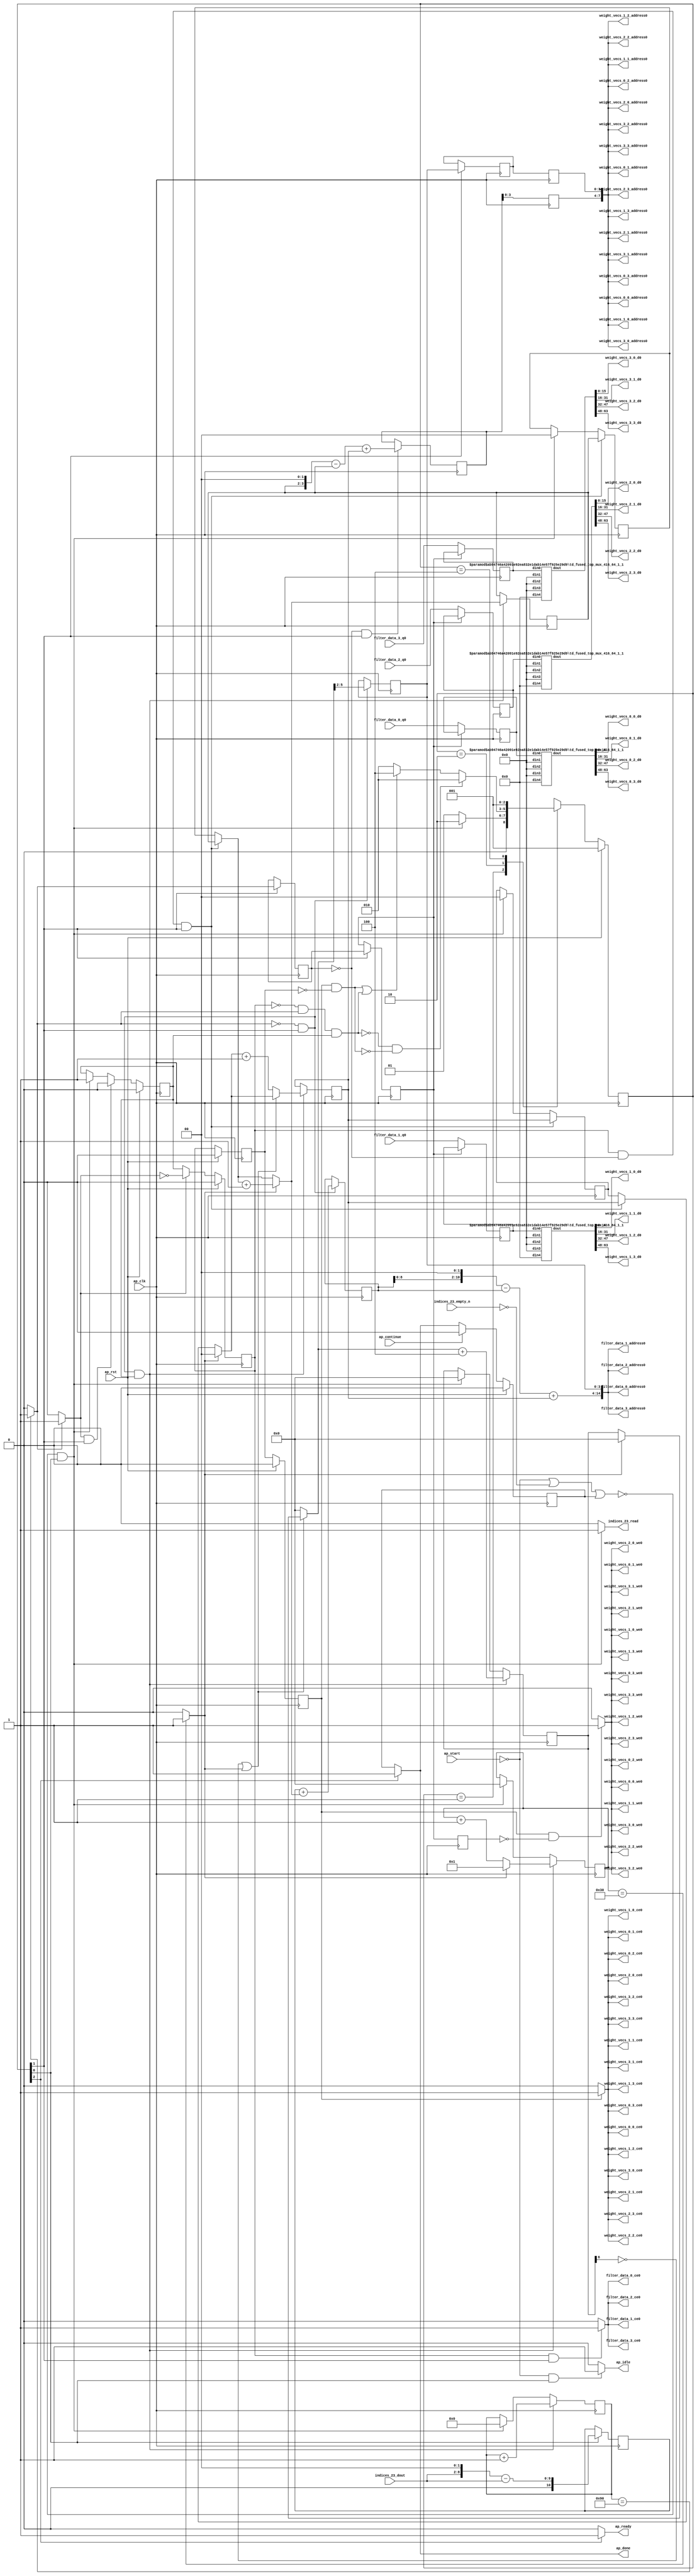
`define EXPONENT 5
`define MANTISSA 10
`define ACTUAL_MANTISSA 11
`define EXPONENT_LSB 10
`define EXPONENT_MSB 14
`define MANTISSA_LSB 0
`define MANTISSA_MSB 9
`define MANTISSA_MUL_SPLIT_LSB 3
`define MANTISSA_MUL_SPLIT_MSB 9
`define SIGN 1
`define SIGN_LOC 15
`define DWIDTH (`SIGN+`EXPONENT+`MANTISSA)
`define IEEE_COMPLIANCE 1

module td_fused_top_tdf10_readFilters70 (
        ap_clk,
        ap_rst,
        ap_start,
        ap_done,
        ap_continue,
        ap_idle,
        ap_ready,
        filter_data_0_address0,
        filter_data_0_ce0,
        filter_data_0_q0,
        filter_data_1_address0,
        filter_data_1_ce0,
        filter_data_1_q0,
        filter_data_2_address0,
        filter_data_2_ce0,
        filter_data_2_q0,
        filter_data_3_address0,
        filter_data_3_ce0,
        filter_data_3_q0,
        indices_23_dout,
        indices_23_empty_n,
        indices_23_read,
        weight_vecs_0_0_address0,
        weight_vecs_0_0_ce0,
        weight_vecs_0_0_we0,
        weight_vecs_0_0_d0,
        weight_vecs_0_1_address0,
        weight_vecs_0_1_ce0,
        weight_vecs_0_1_we0,
        weight_vecs_0_1_d0,
        weight_vecs_0_2_address0,
        weight_vecs_0_2_ce0,
        weight_vecs_0_2_we0,
        weight_vecs_0_2_d0,
        weight_vecs_0_3_address0,
        weight_vecs_0_3_ce0,
        weight_vecs_0_3_we0,
        weight_vecs_0_3_d0,
        weight_vecs_1_0_address0,
        weight_vecs_1_0_ce0,
        weight_vecs_1_0_we0,
        weight_vecs_1_0_d0,
        weight_vecs_1_1_address0,
        weight_vecs_1_1_ce0,
        weight_vecs_1_1_we0,
        weight_vecs_1_1_d0,
        weight_vecs_1_2_address0,
        weight_vecs_1_2_ce0,
        weight_vecs_1_2_we0,
        weight_vecs_1_2_d0,
        weight_vecs_1_3_address0,
        weight_vecs_1_3_ce0,
        weight_vecs_1_3_we0,
        weight_vecs_1_3_d0,
        weight_vecs_2_0_address0,
        weight_vecs_2_0_ce0,
        weight_vecs_2_0_we0,
        weight_vecs_2_0_d0,
        weight_vecs_2_1_address0,
        weight_vecs_2_1_ce0,
        weight_vecs_2_1_we0,
        weight_vecs_2_1_d0,
        weight_vecs_2_2_address0,
        weight_vecs_2_2_ce0,
        weight_vecs_2_2_we0,
        weight_vecs_2_2_d0,
        weight_vecs_2_3_address0,
        weight_vecs_2_3_ce0,
        weight_vecs_2_3_we0,
        weight_vecs_2_3_d0,
        weight_vecs_3_0_address0,
        weight_vecs_3_0_ce0,
        weight_vecs_3_0_we0,
        weight_vecs_3_0_d0,
        weight_vecs_3_1_address0,
        weight_vecs_3_1_ce0,
        weight_vecs_3_1_we0,
        weight_vecs_3_1_d0,
        weight_vecs_3_2_address0,
        weight_vecs_3_2_ce0,
        weight_vecs_3_2_we0,
        weight_vecs_3_2_d0,
        weight_vecs_3_3_address0,
        weight_vecs_3_3_ce0,
        weight_vecs_3_3_we0,
        weight_vecs_3_3_d0
);

parameter    ap_ST_fsm_state1 = 3'd1;
parameter    ap_ST_fsm_pp0_stage0 = 3'd2;
parameter    ap_ST_fsm_state6 = 3'd4;

input   ap_clk;
input   ap_rst;
input   ap_start;
output   ap_done;
input   ap_continue;
output   ap_idle;
output   ap_ready;
output  [14:0] filter_data_0_address0;
output   filter_data_0_ce0;
input  [63:0] filter_data_0_q0;
output  [14:0] filter_data_1_address0;
output   filter_data_1_ce0;
input  [63:0] filter_data_1_q0;
output  [14:0] filter_data_2_address0;
output   filter_data_2_ce0;
input  [63:0] filter_data_2_q0;
output  [14:0] filter_data_3_address0;
output   filter_data_3_ce0;
input  [63:0] filter_data_3_q0;
input  [6:0] indices_23_dout;
input   indices_23_empty_n;
output   indices_23_read;
output  [7:0] weight_vecs_0_0_address0;
output   weight_vecs_0_0_ce0;
output   weight_vecs_0_0_we0;
output  [15:0] weight_vecs_0_0_d0;
output  [7:0] weight_vecs_0_1_address0;
output   weight_vecs_0_1_ce0;
output   weight_vecs_0_1_we0;
output  [15:0] weight_vecs_0_1_d0;
output  [7:0] weight_vecs_0_2_address0;
output   weight_vecs_0_2_ce0;
output   weight_vecs_0_2_we0;
output  [15:0] weight_vecs_0_2_d0;
output  [7:0] weight_vecs_0_3_address0;
output   weight_vecs_0_3_ce0;
output   weight_vecs_0_3_we0;
output  [15:0] weight_vecs_0_3_d0;
output  [7:0] weight_vecs_1_0_address0;
output   weight_vecs_1_0_ce0;
output   weight_vecs_1_0_we0;
output  [15:0] weight_vecs_1_0_d0;
output  [7:0] weight_vecs_1_1_address0;
output   weight_vecs_1_1_ce0;
output   weight_vecs_1_1_we0;
output  [15:0] weight_vecs_1_1_d0;
output  [7:0] weight_vecs_1_2_address0;
output   weight_vecs_1_2_ce0;
output   weight_vecs_1_2_we0;
output  [15:0] weight_vecs_1_2_d0;
output  [7:0] weight_vecs_1_3_address0;
output   weight_vecs_1_3_ce0;
output   weight_vecs_1_3_we0;
output  [15:0] weight_vecs_1_3_d0;
output  [7:0] weight_vecs_2_0_address0;
output   weight_vecs_2_0_ce0;
output   weight_vecs_2_0_we0;
output  [15:0] weight_vecs_2_0_d0;
output  [7:0] weight_vecs_2_1_address0;
output   weight_vecs_2_1_ce0;
output   weight_vecs_2_1_we0;
output  [15:0] weight_vecs_2_1_d0;
output  [7:0] weight_vecs_2_2_address0;
output   weight_vecs_2_2_ce0;
output   weight_vecs_2_2_we0;
output  [15:0] weight_vecs_2_2_d0;
output  [7:0] weight_vecs_2_3_address0;
output   weight_vecs_2_3_ce0;
output   weight_vecs_2_3_we0;
output  [15:0] weight_vecs_2_3_d0;
output  [7:0] weight_vecs_3_0_address0;
output   weight_vecs_3_0_ce0;
output   weight_vecs_3_0_we0;
output  [15:0] weight_vecs_3_0_d0;
output  [7:0] weight_vecs_3_1_address0;
output   weight_vecs_3_1_ce0;
output   weight_vecs_3_1_we0;
output  [15:0] weight_vecs_3_1_d0;
output  [7:0] weight_vecs_3_2_address0;
output   weight_vecs_3_2_ce0;
output   weight_vecs_3_2_we0;
output  [15:0] weight_vecs_3_2_d0;
output  [7:0] weight_vecs_3_3_address0;
output   weight_vecs_3_3_ce0;
output   weight_vecs_3_3_we0;
output  [15:0] weight_vecs_3_3_d0;

reg ap_done;
reg ap_idle;
reg ap_ready;
reg filter_data_0_ce0;
reg filter_data_1_ce0;
reg filter_data_2_ce0;
reg filter_data_3_ce0;
reg indices_23_read;
reg weight_vecs_0_0_ce0;
reg weight_vecs_0_0_we0;
reg weight_vecs_0_1_ce0;
reg weight_vecs_0_1_we0;
reg weight_vecs_0_2_ce0;
reg weight_vecs_0_2_we0;
reg weight_vecs_0_3_ce0;
reg weight_vecs_0_3_we0;
reg weight_vecs_1_0_ce0;
reg weight_vecs_1_0_we0;
reg weight_vecs_1_1_ce0;
reg weight_vecs_1_1_we0;
reg weight_vecs_1_2_ce0;
reg weight_vecs_1_2_we0;
reg weight_vecs_1_3_ce0;
reg weight_vecs_1_3_we0;
reg weight_vecs_2_0_ce0;
reg weight_vecs_2_0_we0;
reg weight_vecs_2_1_ce0;
reg weight_vecs_2_1_we0;
reg weight_vecs_2_2_ce0;
reg weight_vecs_2_2_we0;
reg weight_vecs_2_3_ce0;
reg weight_vecs_2_3_we0;
reg weight_vecs_3_0_ce0;
reg weight_vecs_3_0_we0;
reg weight_vecs_3_1_ce0;
reg weight_vecs_3_1_we0;
reg weight_vecs_3_2_ce0;
reg weight_vecs_3_2_we0;
reg weight_vecs_3_3_ce0;
reg weight_vecs_3_3_we0;

reg    ap_done_reg;
  reg   [2:0] ap_CS_fsm;
wire    ap_CS_fsm_state1;
reg    indices_23_blk_n;
reg   [7:0] indvar_flatten13_reg_412;
reg   [1:0] ii_reg_423;
reg   [6:0] indvar_flatten_reg_434;
reg   [1:0] jj_reg_445;
reg   [6:0] kk_reg_456;
wire   [10:0] sext_ln47_fu_489_p1;
reg   [10:0] sext_ln47_reg_989;
wire   [7:0] add_ln47_8_fu_493_p2;
wire    ap_CS_fsm_pp0_stage0;
reg    ap_enable_reg_pp0_iter0;
wire    ap_block_state2_pp0_stage0_iter0;
wire    ap_block_state3_pp0_stage0_iter1;
wire    ap_block_state4_pp0_stage0_iter2;
wire    ap_block_state5_pp0_stage0_iter3;
wire    ap_block_pp0_stage0_11001;
wire   [0:0] icmp_ln47_fu_499_p2;
reg   [0:0] icmp_ln47_reg_999;
reg   [0:0] icmp_ln47_reg_999_pp0_iter1_reg;
reg   [0:0] icmp_ln47_reg_999_pp0_iter2_reg;
wire   [1:0] select_ln47_15_fu_533_p3;
reg   [1:0] select_ln47_15_reg_1003;
wire   [10:0] add_ln55_fu_545_p2;
reg   [10:0] add_ln55_reg_1010;
wire   [1:0] select_ln48_15_fu_584_p3;
reg   [1:0] select_ln48_15_reg_1016;
reg   [3:0] lshr_ln_reg_1023;
reg   [3:0] lshr_ln_reg_1023_pp0_iter1_reg;
reg   [3:0] lshr_ln_reg_1023_pp0_iter2_reg;
wire   [6:0] add_ln49_fu_602_p2;
wire   [6:0] select_ln48_16_fu_614_p3;
wire   [5:0] add_ln55_18_fu_678_p2;
reg   [5:0] add_ln55_18_reg_1039;
reg   [5:0] add_ln55_18_reg_1039_pp0_iter2_reg;
reg   [63:0] filter_data_0_load_reg_1064;
reg   [63:0] filter_data_1_load_reg_1069;
reg   [63:0] filter_data_2_load_reg_1074;
reg   [63:0] filter_data_3_load_reg_1079;
reg    ap_block_state1;
wire    ap_block_pp0_stage0_subdone;
reg    ap_condition_pp0_exit_iter0_state2;
reg    ap_enable_reg_pp0_iter1;
reg    ap_enable_reg_pp0_iter2;
reg    ap_enable_reg_pp0_iter3;
reg   [1:0] ap_phi_mux_ii_phi_fu_427_p4;
wire    ap_block_pp0_stage0;
reg   [1:0] ap_phi_mux_jj_phi_fu_449_p4;
wire   [63:0] tmp_68_fu_684_p3;
wire   [63:0] sext_ln55_15_fu_701_p1;
wire   [8:0] tmp_66_fu_471_p3;
wire   [9:0] zext_ln55_50_fu_479_p1;
wire   [9:0] zext_ln55_fu_467_p1;
wire   [9:0] sub_ln55_fu_483_p2;
wire   [0:0] icmp_ln48_fu_511_p2;
wire   [1:0] add_ln47_fu_505_p2;
wire   [10:0] zext_ln55_52_fu_541_p1;
wire   [0:0] tmp_103_fu_550_p3;
wire   [0:0] xor_ln49_fu_558_p2;
wire   [1:0] select_ln47_fu_517_p3;
wire   [0:0] or_ln47_fu_564_p2;
wire   [6:0] select_ln47_14_fu_525_p3;
wire   [1:0] add_ln48_fu_570_p2;
wire   [6:0] select_ln48_fu_576_p3;
wire   [6:0] add_ln48_8_fu_608_p2;
wire   [12:0] tmp_102_fu_628_p3;
wire   [59:0] sext_ln55_14_fu_635_p1;
wire   [59:0] sext_ln55_fu_625_p1;
wire   [3:0] tmp_67_fu_645_p3;
wire   [4:0] zext_ln55_53_fu_652_p1;
wire   [4:0] zext_ln55_51_fu_622_p1;
wire   [4:0] sub_ln55_18_fu_656_p2;
wire   [59:0] sub_ln55_17_fu_639_p2;
wire   [59:0] zext_ln55_55_fu_669_p1;
wire   [5:0] sext_ln48_fu_662_p1;
wire   [5:0] zext_ln55_54_fu_666_p1;
wire   [59:0] add_ln55_17_fu_672_p2;
wire   [9:0] tmp_104_fu_695_p3;
wire   [63:0] tmp_fu_721_p6;
wire   [15:0] trunc_ln55_fu_734_p1;
wire   [63:0] tmp_s_fu_743_p6;
wire   [15:0] trunc_ln55_23_fu_756_p1;
wire   [63:0] tmp_9_fu_765_p6;
wire   [15:0] trunc_ln55_24_fu_778_p1;
wire   [63:0] tmp_10_fu_787_p6;
wire   [15:0] trunc_ln55_25_fu_800_p1;
wire   [15:0] tmp_368_i_i_fu_809_p4;
wire   [15:0] tmp_370_i_i_fu_824_p4;
wire   [15:0] tmp_372_i_i_fu_839_p4;
wire   [15:0] tmp_374_i_i_fu_854_p4;
wire   [15:0] tmp_376_i_i_fu_869_p4;
wire   [15:0] tmp_378_i_i_fu_884_p4;
wire   [15:0] tmp_380_i_i_fu_899_p4;
wire   [15:0] tmp_382_i_i_fu_914_p4;
wire   [15:0] tmp_384_i_i_fu_929_p4;
wire   [15:0] tmp_386_i_i_fu_944_p4;
wire   [15:0] tmp_388_i_i_fu_959_p4;
wire   [15:0] tmp_390_i_i_fu_974_p4;
wire    ap_CS_fsm_state6;
reg   [2:0] ap_NS_fsm;
reg    ap_idle_pp0;
wire    ap_enable_pp0;
wire    ap_ce_reg;

// power-on initialization
initial begin
#0 ap_done_reg = 1'b0;
#0 ap_CS_fsm = 3'd1;
#0 ap_enable_reg_pp0_iter0 = 1'b0;
#0 ap_enable_reg_pp0_iter1 = 1'b0;
#0 ap_enable_reg_pp0_iter2 = 1'b0;
#0 ap_enable_reg_pp0_iter3 = 1'b0;
end

td_fused_top_mux_416_64_1_1 #(
    .ID( 1 ),
    .NUM_STAGE( 1 ),
    .din0_WIDTH( 64 ),
    .din1_WIDTH( 64 ),
    .din2_WIDTH( 64 ),
    .din3_WIDTH( 64 ),
    .din4_WIDTH( 16 ),
    .dout_WIDTH( 64 ))
mux_416_64_1_1_U1390(
    .din0(filter_data_0_load_reg_1064),
    .din1(64'd0),
    .din2(64'd0),
    .din3(64'd0),
    .din4(16'd0),
    .dout(tmp_fu_721_p6)
);

td_fused_top_mux_416_64_1_1 #(
    .ID( 1 ),
    .NUM_STAGE( 1 ),
    .din0_WIDTH( 64 ),
    .din1_WIDTH( 64 ),
    .din2_WIDTH( 64 ),
    .din3_WIDTH( 64 ),
    .din4_WIDTH( 16 ),
    .dout_WIDTH( 64 ))
mux_416_64_1_1_U1391(
    .din0(filter_data_1_load_reg_1069),
    .din1(64'd0),
    .din2(64'd0),
    .din3(64'd0),
    .din4(16'd0),
    .dout(tmp_s_fu_743_p6)
);

td_fused_top_mux_416_64_1_1 #(
    .ID( 1 ),
    .NUM_STAGE( 1 ),
    .din0_WIDTH( 64 ),
    .din1_WIDTH( 64 ),
    .din2_WIDTH( 64 ),
    .din3_WIDTH( 64 ),
    .din4_WIDTH( 16 ),
    .dout_WIDTH( 64 ))
mux_416_64_1_1_U1392(
    .din0(filter_data_2_load_reg_1074),
    .din1(64'd0),
    .din2(64'd0),
    .din3(64'd0),
    .din4(16'd0),
    .dout(tmp_9_fu_765_p6)
);

td_fused_top_mux_416_64_1_1 #(
    .ID( 1 ),
    .NUM_STAGE( 1 ),
    .din0_WIDTH( 64 ),
    .din1_WIDTH( 64 ),
    .din2_WIDTH( 64 ),
    .din3_WIDTH( 64 ),
    .din4_WIDTH( 16 ),
    .dout_WIDTH( 64 ))
mux_416_64_1_1_U1393(
    .din0(filter_data_3_load_reg_1079),
    .din1(64'd0),
    .din2(64'd0),
    .din3(64'd0),
    .din4(16'd0),
    .dout(tmp_10_fu_787_p6)
);

always @ (posedge ap_clk) begin
    if (ap_rst == 1'b1) begin
        ap_CS_fsm <= ap_ST_fsm_state1;
    end else begin
        ap_CS_fsm <= ap_NS_fsm;
    end
end

always @ (posedge ap_clk) begin
    if (ap_rst == 1'b1) begin
        ap_done_reg <= 1'b0;
    end else begin
        if ((ap_continue == 1'b1)) begin
            ap_done_reg <= 1'b0;
        end else if ((1'b1 == ap_CS_fsm_state6)) begin
            ap_done_reg <= 1'b1;
        end
    end
end

always @ (posedge ap_clk) begin
    if (ap_rst == 1'b1) begin
        ap_enable_reg_pp0_iter0 <= 1'b0;
    end else begin
        if (((1'b1 == ap_condition_pp0_exit_iter0_state2) & (1'b1 == ap_CS_fsm_pp0_stage0) & (1'b0 == ap_block_pp0_stage0_subdone))) begin
            ap_enable_reg_pp0_iter0 <= 1'b0;
        end else if ((~((ap_start == 1'b0) | (indices_23_empty_n == 1'b0) | (ap_done_reg == 1'b1)) & (1'b1 == ap_CS_fsm_state1))) begin
            ap_enable_reg_pp0_iter0 <= 1'b1;
        end
    end
end

always @ (posedge ap_clk) begin
    if (ap_rst == 1'b1) begin
        ap_enable_reg_pp0_iter1 <= 1'b0;
    end else begin
        if ((1'b0 == ap_block_pp0_stage0_subdone)) begin
            if ((1'b1 == ap_condition_pp0_exit_iter0_state2)) begin
                ap_enable_reg_pp0_iter1 <= (1'b1 ^ ap_condition_pp0_exit_iter0_state2);
            end else if ((1'b1 == 1'b1)) begin
                ap_enable_reg_pp0_iter1 <= ap_enable_reg_pp0_iter0;
            end
        end
    end
end

always @ (posedge ap_clk) begin
    if (ap_rst == 1'b1) begin
        ap_enable_reg_pp0_iter2 <= 1'b0;
    end else begin
        if ((1'b0 == ap_block_pp0_stage0_subdone)) begin
            ap_enable_reg_pp0_iter2 <= ap_enable_reg_pp0_iter1;
        end
    end
end

always @ (posedge ap_clk) begin
    if (ap_rst == 1'b1) begin
        ap_enable_reg_pp0_iter3 <= 1'b0;
    end else begin
        if ((1'b0 == ap_block_pp0_stage0_subdone)) begin
            ap_enable_reg_pp0_iter3 <= ap_enable_reg_pp0_iter2;
        end else if ((~((ap_start == 1'b0) | (indices_23_empty_n == 1'b0) | (ap_done_reg == 1'b1)) & (1'b1 == ap_CS_fsm_state1))) begin
            ap_enable_reg_pp0_iter3 <= 1'b0;
        end
    end
end

always @ (posedge ap_clk) begin
    if (((ap_enable_reg_pp0_iter1 == 1'b1) & (icmp_ln47_reg_999 == 1'd0) & (1'b1 == ap_CS_fsm_pp0_stage0) & (1'b0 == ap_block_pp0_stage0_11001))) begin
        ii_reg_423 <= select_ln47_15_reg_1003;
    end else if ((~((ap_start == 1'b0) | (indices_23_empty_n == 1'b0) | (ap_done_reg == 1'b1)) & (1'b1 == ap_CS_fsm_state1))) begin
        ii_reg_423 <= 2'd0;
    end
end

always @ (posedge ap_clk) begin
    if (((icmp_ln47_fu_499_p2 == 1'd0) & (1'b1 == ap_CS_fsm_pp0_stage0) & (1'b0 == ap_block_pp0_stage0_11001) & (ap_enable_reg_pp0_iter0 == 1'b1))) begin
        indvar_flatten13_reg_412 <= add_ln47_8_fu_493_p2;
    end else if ((~((ap_start == 1'b0) | (indices_23_empty_n == 1'b0) | (ap_done_reg == 1'b1)) & (1'b1 == ap_CS_fsm_state1))) begin
        indvar_flatten13_reg_412 <= 8'd0;
    end
end

always @ (posedge ap_clk) begin
    if (((icmp_ln47_fu_499_p2 == 1'd0) & (1'b1 == ap_CS_fsm_pp0_stage0) & (1'b0 == ap_block_pp0_stage0_11001) & (ap_enable_reg_pp0_iter0 == 1'b1))) begin
        indvar_flatten_reg_434 <= select_ln48_16_fu_614_p3;
    end else if ((~((ap_start == 1'b0) | (indices_23_empty_n == 1'b0) | (ap_done_reg == 1'b1)) & (1'b1 == ap_CS_fsm_state1))) begin
        indvar_flatten_reg_434 <= 7'd0;
    end
end

always @ (posedge ap_clk) begin
    if (((ap_enable_reg_pp0_iter1 == 1'b1) & (icmp_ln47_reg_999 == 1'd0) & (1'b1 == ap_CS_fsm_pp0_stage0) & (1'b0 == ap_block_pp0_stage0_11001))) begin
        jj_reg_445 <= select_ln48_15_reg_1016;
    end else if ((~((ap_start == 1'b0) | (indices_23_empty_n == 1'b0) | (ap_done_reg == 1'b1)) & (1'b1 == ap_CS_fsm_state1))) begin
        jj_reg_445 <= 2'd0;
    end
end

always @ (posedge ap_clk) begin
    if (((icmp_ln47_fu_499_p2 == 1'd0) & (1'b1 == ap_CS_fsm_pp0_stage0) & (1'b0 == ap_block_pp0_stage0_11001) & (ap_enable_reg_pp0_iter0 == 1'b1))) begin
        kk_reg_456 <= add_ln49_fu_602_p2;
    end else if ((~((ap_start == 1'b0) | (indices_23_empty_n == 1'b0) | (ap_done_reg == 1'b1)) & (1'b1 == ap_CS_fsm_state1))) begin
        kk_reg_456 <= 7'd0;
    end
end

always @ (posedge ap_clk) begin
    if (((icmp_ln47_reg_999 == 1'd0) & (1'b1 == ap_CS_fsm_pp0_stage0) & (1'b0 == ap_block_pp0_stage0_11001))) begin
        add_ln55_18_reg_1039 <= add_ln55_18_fu_678_p2;
    end
end

always @ (posedge ap_clk) begin
    if ((1'b0 == ap_block_pp0_stage0_11001)) begin
        add_ln55_18_reg_1039_pp0_iter2_reg <= add_ln55_18_reg_1039;
        icmp_ln47_reg_999_pp0_iter2_reg <= icmp_ln47_reg_999_pp0_iter1_reg;
        lshr_ln_reg_1023_pp0_iter2_reg <= lshr_ln_reg_1023_pp0_iter1_reg;
    end
end

always @ (posedge ap_clk) begin
    if (((icmp_ln47_fu_499_p2 == 1'd0) & (1'b1 == ap_CS_fsm_pp0_stage0) & (1'b0 == ap_block_pp0_stage0_11001))) begin
        add_ln55_reg_1010 <= add_ln55_fu_545_p2;
        lshr_ln_reg_1023 <= {{select_ln48_fu_576_p3[5:2]}};
    end
end

always @ (posedge ap_clk) begin
    if (((icmp_ln47_reg_999_pp0_iter1_reg == 1'd0) & (1'b0 == ap_block_pp0_stage0_11001))) begin
        filter_data_0_load_reg_1064 <= filter_data_0_q0;
        filter_data_1_load_reg_1069 <= filter_data_1_q0;
        filter_data_2_load_reg_1074 <= filter_data_2_q0;
        filter_data_3_load_reg_1079 <= filter_data_3_q0;
    end
end

always @ (posedge ap_clk) begin
    if (((1'b1 == ap_CS_fsm_pp0_stage0) & (1'b0 == ap_block_pp0_stage0_11001))) begin
        icmp_ln47_reg_999 <= icmp_ln47_fu_499_p2;
        icmp_ln47_reg_999_pp0_iter1_reg <= icmp_ln47_reg_999;
        lshr_ln_reg_1023_pp0_iter1_reg <= lshr_ln_reg_1023;
    end
end

always @ (posedge ap_clk) begin
    if (((icmp_ln47_fu_499_p2 == 1'd0) & (1'b1 == ap_CS_fsm_pp0_stage0) & (1'b0 == ap_block_pp0_stage0_11001) & (ap_enable_reg_pp0_iter0 == 1'b1))) begin
        select_ln47_15_reg_1003 <= select_ln47_15_fu_533_p3;
        select_ln48_15_reg_1016 <= select_ln48_15_fu_584_p3;
    end
end

always @ (posedge ap_clk) begin
    if ((1'b1 == ap_CS_fsm_state1)) begin
        sext_ln47_reg_989 <= sext_ln47_fu_489_p1;
    end
end

always @ (*) begin
    if ((icmp_ln47_fu_499_p2 == 1'd1)) begin
        ap_condition_pp0_exit_iter0_state2 = 1'b1;
    end else begin
        ap_condition_pp0_exit_iter0_state2 = 1'b0;
    end
end

always @ (*) begin
    if ((1'b1 == ap_CS_fsm_state6)) begin
        ap_done = 1'b1;
    end else begin
        ap_done = ap_done_reg;
    end
end

always @ (*) begin
    if (((ap_start == 1'b0) & (1'b1 == ap_CS_fsm_state1))) begin
        ap_idle = 1'b1;
    end else begin
        ap_idle = 1'b0;
    end
end

always @ (*) begin
    if (((ap_enable_reg_pp0_iter3 == 1'b0) & (ap_enable_reg_pp0_iter2 == 1'b0) & (ap_enable_reg_pp0_iter1 == 1'b0) & (ap_enable_reg_pp0_iter0 == 1'b0))) begin
        ap_idle_pp0 = 1'b1;
    end else begin
        ap_idle_pp0 = 1'b0;
    end
end

always @ (*) begin
    if (((ap_enable_reg_pp0_iter1 == 1'b1) & (icmp_ln47_reg_999 == 1'd0) & (1'b1 == ap_CS_fsm_pp0_stage0) & (1'b0 == ap_block_pp0_stage0))) begin
        ap_phi_mux_ii_phi_fu_427_p4 = select_ln47_15_reg_1003;
    end else begin
        ap_phi_mux_ii_phi_fu_427_p4 = ii_reg_423;
    end
end

always @ (*) begin
    if (((ap_enable_reg_pp0_iter1 == 1'b1) & (icmp_ln47_reg_999 == 1'd0) & (1'b1 == ap_CS_fsm_pp0_stage0) & (1'b0 == ap_block_pp0_stage0))) begin
        ap_phi_mux_jj_phi_fu_449_p4 = select_ln48_15_reg_1016;
    end else begin
        ap_phi_mux_jj_phi_fu_449_p4 = jj_reg_445;
    end
end

always @ (*) begin
    if ((1'b1 == ap_CS_fsm_state6)) begin
        ap_ready = 1'b1;
    end else begin
        ap_ready = 1'b0;
    end
end

always @ (*) begin
    if (((ap_enable_reg_pp0_iter1 == 1'b1) & (1'b1 == ap_CS_fsm_pp0_stage0) & (1'b0 == ap_block_pp0_stage0_11001))) begin
        filter_data_0_ce0 = 1'b1;
    end else begin
        filter_data_0_ce0 = 1'b0;
    end
end

always @ (*) begin
    if (((ap_enable_reg_pp0_iter1 == 1'b1) & (1'b1 == ap_CS_fsm_pp0_stage0) & (1'b0 == ap_block_pp0_stage0_11001))) begin
        filter_data_1_ce0 = 1'b1;
    end else begin
        filter_data_1_ce0 = 1'b0;
    end
end

always @ (*) begin
    if (((ap_enable_reg_pp0_iter1 == 1'b1) & (1'b1 == ap_CS_fsm_pp0_stage0) & (1'b0 == ap_block_pp0_stage0_11001))) begin
        filter_data_2_ce0 = 1'b1;
    end else begin
        filter_data_2_ce0 = 1'b0;
    end
end

always @ (*) begin
    if (((ap_enable_reg_pp0_iter1 == 1'b1) & (1'b1 == ap_CS_fsm_pp0_stage0) & (1'b0 == ap_block_pp0_stage0_11001))) begin
        filter_data_3_ce0 = 1'b1;
    end else begin
        filter_data_3_ce0 = 1'b0;
    end
end

always @ (*) begin
    if ((~((ap_start == 1'b0) | (ap_done_reg == 1'b1)) & (1'b1 == ap_CS_fsm_state1))) begin
        indices_23_blk_n = indices_23_empty_n;
    end else begin
        indices_23_blk_n = 1'b1;
    end
end

always @ (*) begin
    if ((~((ap_start == 1'b0) | (indices_23_empty_n == 1'b0) | (ap_done_reg == 1'b1)) & (1'b1 == ap_CS_fsm_state1))) begin
        indices_23_read = 1'b1;
    end else begin
        indices_23_read = 1'b0;
    end
end

always @ (*) begin
    if (((ap_enable_reg_pp0_iter3 == 1'b1) & (1'b0 == ap_block_pp0_stage0_11001))) begin
        weight_vecs_0_0_ce0 = 1'b1;
    end else begin
        weight_vecs_0_0_ce0 = 1'b0;
    end
end

always @ (*) begin
    if (((ap_enable_reg_pp0_iter3 == 1'b1) & (icmp_ln47_reg_999_pp0_iter2_reg == 1'd0) & (1'b0 == ap_block_pp0_stage0_11001))) begin
        weight_vecs_0_0_we0 = 1'b1;
    end else begin
        weight_vecs_0_0_we0 = 1'b0;
    end
end

always @ (*) begin
    if (((ap_enable_reg_pp0_iter3 == 1'b1) & (1'b0 == ap_block_pp0_stage0_11001))) begin
        weight_vecs_0_1_ce0 = 1'b1;
    end else begin
        weight_vecs_0_1_ce0 = 1'b0;
    end
end

always @ (*) begin
    if (((ap_enable_reg_pp0_iter3 == 1'b1) & (icmp_ln47_reg_999_pp0_iter2_reg == 1'd0) & (1'b0 == ap_block_pp0_stage0_11001))) begin
        weight_vecs_0_1_we0 = 1'b1;
    end else begin
        weight_vecs_0_1_we0 = 1'b0;
    end
end

always @ (*) begin
    if (((ap_enable_reg_pp0_iter3 == 1'b1) & (1'b0 == ap_block_pp0_stage0_11001))) begin
        weight_vecs_0_2_ce0 = 1'b1;
    end else begin
        weight_vecs_0_2_ce0 = 1'b0;
    end
end

always @ (*) begin
    if (((ap_enable_reg_pp0_iter3 == 1'b1) & (icmp_ln47_reg_999_pp0_iter2_reg == 1'd0) & (1'b0 == ap_block_pp0_stage0_11001))) begin
        weight_vecs_0_2_we0 = 1'b1;
    end else begin
        weight_vecs_0_2_we0 = 1'b0;
    end
end

always @ (*) begin
    if (((ap_enable_reg_pp0_iter3 == 1'b1) & (1'b0 == ap_block_pp0_stage0_11001))) begin
        weight_vecs_0_3_ce0 = 1'b1;
    end else begin
        weight_vecs_0_3_ce0 = 1'b0;
    end
end

always @ (*) begin
    if (((ap_enable_reg_pp0_iter3 == 1'b1) & (icmp_ln47_reg_999_pp0_iter2_reg == 1'd0) & (1'b0 == ap_block_pp0_stage0_11001))) begin
        weight_vecs_0_3_we0 = 1'b1;
    end else begin
        weight_vecs_0_3_we0 = 1'b0;
    end
end

always @ (*) begin
    if (((ap_enable_reg_pp0_iter3 == 1'b1) & (1'b0 == ap_block_pp0_stage0_11001))) begin
        weight_vecs_1_0_ce0 = 1'b1;
    end else begin
        weight_vecs_1_0_ce0 = 1'b0;
    end
end

always @ (*) begin
    if (((ap_enable_reg_pp0_iter3 == 1'b1) & (icmp_ln47_reg_999_pp0_iter2_reg == 1'd0) & (1'b0 == ap_block_pp0_stage0_11001))) begin
        weight_vecs_1_0_we0 = 1'b1;
    end else begin
        weight_vecs_1_0_we0 = 1'b0;
    end
end

always @ (*) begin
    if (((ap_enable_reg_pp0_iter3 == 1'b1) & (1'b0 == ap_block_pp0_stage0_11001))) begin
        weight_vecs_1_1_ce0 = 1'b1;
    end else begin
        weight_vecs_1_1_ce0 = 1'b0;
    end
end

always @ (*) begin
    if (((ap_enable_reg_pp0_iter3 == 1'b1) & (icmp_ln47_reg_999_pp0_iter2_reg == 1'd0) & (1'b0 == ap_block_pp0_stage0_11001))) begin
        weight_vecs_1_1_we0 = 1'b1;
    end else begin
        weight_vecs_1_1_we0 = 1'b0;
    end
end

always @ (*) begin
    if (((ap_enable_reg_pp0_iter3 == 1'b1) & (1'b0 == ap_block_pp0_stage0_11001))) begin
        weight_vecs_1_2_ce0 = 1'b1;
    end else begin
        weight_vecs_1_2_ce0 = 1'b0;
    end
end

always @ (*) begin
    if (((ap_enable_reg_pp0_iter3 == 1'b1) & (icmp_ln47_reg_999_pp0_iter2_reg == 1'd0) & (1'b0 == ap_block_pp0_stage0_11001))) begin
        weight_vecs_1_2_we0 = 1'b1;
    end else begin
        weight_vecs_1_2_we0 = 1'b0;
    end
end

always @ (*) begin
    if (((ap_enable_reg_pp0_iter3 == 1'b1) & (1'b0 == ap_block_pp0_stage0_11001))) begin
        weight_vecs_1_3_ce0 = 1'b1;
    end else begin
        weight_vecs_1_3_ce0 = 1'b0;
    end
end

always @ (*) begin
    if (((ap_enable_reg_pp0_iter3 == 1'b1) & (icmp_ln47_reg_999_pp0_iter2_reg == 1'd0) & (1'b0 == ap_block_pp0_stage0_11001))) begin
        weight_vecs_1_3_we0 = 1'b1;
    end else begin
        weight_vecs_1_3_we0 = 1'b0;
    end
end

always @ (*) begin
    if (((ap_enable_reg_pp0_iter3 == 1'b1) & (1'b0 == ap_block_pp0_stage0_11001))) begin
        weight_vecs_2_0_ce0 = 1'b1;
    end else begin
        weight_vecs_2_0_ce0 = 1'b0;
    end
end

always @ (*) begin
    if (((ap_enable_reg_pp0_iter3 == 1'b1) & (icmp_ln47_reg_999_pp0_iter2_reg == 1'd0) & (1'b0 == ap_block_pp0_stage0_11001))) begin
        weight_vecs_2_0_we0 = 1'b1;
    end else begin
        weight_vecs_2_0_we0 = 1'b0;
    end
end

always @ (*) begin
    if (((ap_enable_reg_pp0_iter3 == 1'b1) & (1'b0 == ap_block_pp0_stage0_11001))) begin
        weight_vecs_2_1_ce0 = 1'b1;
    end else begin
        weight_vecs_2_1_ce0 = 1'b0;
    end
end

always @ (*) begin
    if (((ap_enable_reg_pp0_iter3 == 1'b1) & (icmp_ln47_reg_999_pp0_iter2_reg == 1'd0) & (1'b0 == ap_block_pp0_stage0_11001))) begin
        weight_vecs_2_1_we0 = 1'b1;
    end else begin
        weight_vecs_2_1_we0 = 1'b0;
    end
end

always @ (*) begin
    if (((ap_enable_reg_pp0_iter3 == 1'b1) & (1'b0 == ap_block_pp0_stage0_11001))) begin
        weight_vecs_2_2_ce0 = 1'b1;
    end else begin
        weight_vecs_2_2_ce0 = 1'b0;
    end
end

always @ (*) begin
    if (((ap_enable_reg_pp0_iter3 == 1'b1) & (icmp_ln47_reg_999_pp0_iter2_reg == 1'd0) & (1'b0 == ap_block_pp0_stage0_11001))) begin
        weight_vecs_2_2_we0 = 1'b1;
    end else begin
        weight_vecs_2_2_we0 = 1'b0;
    end
end

always @ (*) begin
    if (((ap_enable_reg_pp0_iter3 == 1'b1) & (1'b0 == ap_block_pp0_stage0_11001))) begin
        weight_vecs_2_3_ce0 = 1'b1;
    end else begin
        weight_vecs_2_3_ce0 = 1'b0;
    end
end

always @ (*) begin
    if (((ap_enable_reg_pp0_iter3 == 1'b1) & (icmp_ln47_reg_999_pp0_iter2_reg == 1'd0) & (1'b0 == ap_block_pp0_stage0_11001))) begin
        weight_vecs_2_3_we0 = 1'b1;
    end else begin
        weight_vecs_2_3_we0 = 1'b0;
    end
end

always @ (*) begin
    if (((ap_enable_reg_pp0_iter3 == 1'b1) & (1'b0 == ap_block_pp0_stage0_11001))) begin
        weight_vecs_3_0_ce0 = 1'b1;
    end else begin
        weight_vecs_3_0_ce0 = 1'b0;
    end
end

always @ (*) begin
    if (((ap_enable_reg_pp0_iter3 == 1'b1) & (icmp_ln47_reg_999_pp0_iter2_reg == 1'd0) & (1'b0 == ap_block_pp0_stage0_11001))) begin
        weight_vecs_3_0_we0 = 1'b1;
    end else begin
        weight_vecs_3_0_we0 = 1'b0;
    end
end

always @ (*) begin
    if (((ap_enable_reg_pp0_iter3 == 1'b1) & (1'b0 == ap_block_pp0_stage0_11001))) begin
        weight_vecs_3_1_ce0 = 1'b1;
    end else begin
        weight_vecs_3_1_ce0 = 1'b0;
    end
end

always @ (*) begin
    if (((ap_enable_reg_pp0_iter3 == 1'b1) & (icmp_ln47_reg_999_pp0_iter2_reg == 1'd0) & (1'b0 == ap_block_pp0_stage0_11001))) begin
        weight_vecs_3_1_we0 = 1'b1;
    end else begin
        weight_vecs_3_1_we0 = 1'b0;
    end
end

always @ (*) begin
    if (((ap_enable_reg_pp0_iter3 == 1'b1) & (1'b0 == ap_block_pp0_stage0_11001))) begin
        weight_vecs_3_2_ce0 = 1'b1;
    end else begin
        weight_vecs_3_2_ce0 = 1'b0;
    end
end

always @ (*) begin
    if (((ap_enable_reg_pp0_iter3 == 1'b1) & (icmp_ln47_reg_999_pp0_iter2_reg == 1'd0) & (1'b0 == ap_block_pp0_stage0_11001))) begin
        weight_vecs_3_2_we0 = 1'b1;
    end else begin
        weight_vecs_3_2_we0 = 1'b0;
    end
end

always @ (*) begin
    if (((ap_enable_reg_pp0_iter3 == 1'b1) & (1'b0 == ap_block_pp0_stage0_11001))) begin
        weight_vecs_3_3_ce0 = 1'b1;
    end else begin
        weight_vecs_3_3_ce0 = 1'b0;
    end
end

always @ (*) begin
    if (((ap_enable_reg_pp0_iter3 == 1'b1) & (icmp_ln47_reg_999_pp0_iter2_reg == 1'd0) & (1'b0 == ap_block_pp0_stage0_11001))) begin
        weight_vecs_3_3_we0 = 1'b1;
    end else begin
        weight_vecs_3_3_we0 = 1'b0;
    end
end

always @ (*) begin
    case (ap_CS_fsm)
        ap_ST_fsm_state1 : begin
            if ((~((ap_start == 1'b0) | (indices_23_empty_n == 1'b0) | (ap_done_reg == 1'b1)) & (1'b1 == ap_CS_fsm_state1))) begin
                ap_NS_fsm = ap_ST_fsm_pp0_stage0;
            end else begin
                ap_NS_fsm = ap_ST_fsm_state1;
            end
        end
        ap_ST_fsm_pp0_stage0 : begin
            if ((~((ap_enable_reg_pp0_iter1 == 1'b0) & (icmp_ln47_fu_499_p2 == 1'd1) & (1'b0 == ap_block_pp0_stage0_subdone) & (ap_enable_reg_pp0_iter0 == 1'b1)) & ~((ap_enable_reg_pp0_iter3 == 1'b1) & (ap_enable_reg_pp0_iter2 == 1'b0) & (1'b0 == ap_block_pp0_stage0_subdone)))) begin
                ap_NS_fsm = ap_ST_fsm_pp0_stage0;
            end else if ((((ap_enable_reg_pp0_iter3 == 1'b1) & (ap_enable_reg_pp0_iter2 == 1'b0) & (1'b0 == ap_block_pp0_stage0_subdone)) | ((ap_enable_reg_pp0_iter1 == 1'b0) & (icmp_ln47_fu_499_p2 == 1'd1) & (1'b0 == ap_block_pp0_stage0_subdone) & (ap_enable_reg_pp0_iter0 == 1'b1)))) begin
                ap_NS_fsm = ap_ST_fsm_state6;
            end else begin
                ap_NS_fsm = ap_ST_fsm_pp0_stage0;
            end
        end
        ap_ST_fsm_state6 : begin
            ap_NS_fsm = ap_ST_fsm_state1;
        end
        default : begin
            ap_NS_fsm = 'bx;
        end
    endcase
end

assign add_ln47_8_fu_493_p2 = (indvar_flatten13_reg_412 + 8'd1);

assign add_ln47_fu_505_p2 = (ap_phi_mux_ii_phi_fu_427_p4 + 2'd1);

assign add_ln48_8_fu_608_p2 = (indvar_flatten_reg_434 + 7'd1);

assign add_ln48_fu_570_p2 = (select_ln47_fu_517_p3 + 2'd1);

assign add_ln49_fu_602_p2 = (select_ln48_fu_576_p3 + 7'd4);

assign add_ln55_17_fu_672_p2 = (sub_ln55_17_fu_639_p2 + zext_ln55_55_fu_669_p1);

assign add_ln55_18_fu_678_p2 = ((sext_ln48_fu_662_p1) + (zext_ln55_54_fu_666_p1));

assign add_ln55_fu_545_p2 = ((sext_ln47_reg_989) + (zext_ln55_52_fu_541_p1));

assign ap_CS_fsm_pp0_stage0 = ap_CS_fsm[32'd1];

assign ap_CS_fsm_state1 = ap_CS_fsm[32'd0];

assign ap_CS_fsm_state6 = ap_CS_fsm[32'd2];

assign ap_block_pp0_stage0 = ~(1'b1 == 1'b1);

assign ap_block_pp0_stage0_11001 = ~(1'b1 == 1'b1);

assign ap_block_pp0_stage0_subdone = ~(1'b1 == 1'b1);

always @ (*) begin
    ap_block_state1 = ((ap_start == 1'b0) | (indices_23_empty_n == 1'b0) | (ap_done_reg == 1'b1));
end

assign ap_block_state2_pp0_stage0_iter0 = ~(1'b1 == 1'b1);

assign ap_block_state3_pp0_stage0_iter1 = ~(1'b1 == 1'b1);

assign ap_block_state4_pp0_stage0_iter2 = ~(1'b1 == 1'b1);

assign ap_block_state5_pp0_stage0_iter3 = ~(1'b1 == 1'b1);

assign ap_enable_pp0 = (ap_idle_pp0 ^ 1'b1);

assign filter_data_0_address0 = tmp_68_fu_684_p3;

assign filter_data_1_address0 = tmp_68_fu_684_p3;

assign filter_data_2_address0 = tmp_68_fu_684_p3;

assign filter_data_3_address0 = tmp_68_fu_684_p3;

assign icmp_ln47_fu_499_p2 = ((indvar_flatten13_reg_412 == 8'd144) ? 1'b1 : 1'b0);

assign icmp_ln48_fu_511_p2 = ((indvar_flatten_reg_434 == 7'd48) ? 1'b1 : 1'b0);

assign or_ln47_fu_564_p2 = (xor_ln49_fu_558_p2 | icmp_ln48_fu_511_p2);

assign select_ln47_14_fu_525_p3 = ((icmp_ln48_fu_511_p2[0:0] == 1'b1) ? 7'd0 : kk_reg_456);

assign select_ln47_15_fu_533_p3 = ((icmp_ln48_fu_511_p2[0:0] == 1'b1) ? add_ln47_fu_505_p2 : ap_phi_mux_ii_phi_fu_427_p4);

assign select_ln47_fu_517_p3 = ((icmp_ln48_fu_511_p2[0:0] == 1'b1) ? 2'd0 : ap_phi_mux_jj_phi_fu_449_p4);

assign select_ln48_15_fu_584_p3 = ((or_ln47_fu_564_p2[0:0] == 1'b1) ? select_ln47_fu_517_p3 : add_ln48_fu_570_p2);

assign select_ln48_16_fu_614_p3 = ((icmp_ln48_fu_511_p2[0:0] == 1'b1) ? 7'd1 : add_ln48_8_fu_608_p2);

assign select_ln48_fu_576_p3 = ((or_ln47_fu_564_p2[0:0] == 1'b1) ? select_ln47_14_fu_525_p3 : 7'd0);

assign sext_ln47_fu_489_p1 = (sub_ln55_fu_483_p2);

assign sext_ln48_fu_662_p1 = (sub_ln55_18_fu_656_p2);

assign sext_ln55_14_fu_635_p1 = (tmp_102_fu_628_p3);

assign sext_ln55_15_fu_701_p1 = (tmp_104_fu_695_p3);

assign sext_ln55_fu_625_p1 = add_ln55_reg_1010;

assign sub_ln55_17_fu_639_p2 = ((sext_ln55_14_fu_635_p1) - (sext_ln55_fu_625_p1));

assign sub_ln55_18_fu_656_p2 = (zext_ln55_53_fu_652_p1 - zext_ln55_51_fu_622_p1);

assign sub_ln55_fu_483_p2 = (zext_ln55_50_fu_479_p1 - zext_ln55_fu_467_p1);

assign tmp_102_fu_628_p3 = {{add_ln55_reg_1010}, {2'd0}};

assign tmp_103_fu_550_p3 = kk_reg_456[32'd6];

assign tmp_104_fu_695_p3 = {{add_ln55_18_reg_1039_pp0_iter2_reg}, {lshr_ln_reg_1023_pp0_iter2_reg}};

assign tmp_368_i_i_fu_809_p4 = {{tmp_fu_721_p6[31:16]}};

assign tmp_370_i_i_fu_824_p4 = {{tmp_s_fu_743_p6[31:16]}};

assign tmp_372_i_i_fu_839_p4 = {{tmp_9_fu_765_p6[31:16]}};

assign tmp_374_i_i_fu_854_p4 = {{tmp_10_fu_787_p6[31:16]}};

assign tmp_376_i_i_fu_869_p4 = {{tmp_fu_721_p6[47:32]}};

assign tmp_378_i_i_fu_884_p4 = {{tmp_s_fu_743_p6[47:32]}};

assign tmp_380_i_i_fu_899_p4 = {{tmp_9_fu_765_p6[47:32]}};

assign tmp_382_i_i_fu_914_p4 = {{tmp_10_fu_787_p6[47:32]}};

assign tmp_384_i_i_fu_929_p4 = {{tmp_fu_721_p6[63:48]}};

assign tmp_386_i_i_fu_944_p4 = {{tmp_s_fu_743_p6[63:48]}};

assign tmp_388_i_i_fu_959_p4 = {{tmp_9_fu_765_p6[63:48]}};

assign tmp_390_i_i_fu_974_p4 = {{tmp_10_fu_787_p6[63:48]}};

assign tmp_66_fu_471_p3 = {{indices_23_dout}, {2'd0}};

assign tmp_67_fu_645_p3 = {{select_ln47_15_reg_1003}, {2'd0}};

assign tmp_68_fu_684_p3 = {{add_ln55_17_fu_672_p2}, {lshr_ln_reg_1023}};

assign trunc_ln55_23_fu_756_p1 = tmp_s_fu_743_p6[15:0];

assign trunc_ln55_24_fu_778_p1 = tmp_9_fu_765_p6[15:0];

assign trunc_ln55_25_fu_800_p1 = tmp_10_fu_787_p6[15:0];

assign trunc_ln55_fu_734_p1 = tmp_fu_721_p6[15:0];

assign weight_vecs_0_0_address0 = sext_ln55_15_fu_701_p1;

assign weight_vecs_0_0_d0 = trunc_ln55_fu_734_p1;

assign weight_vecs_0_1_address0 = sext_ln55_15_fu_701_p1;

assign weight_vecs_0_1_d0 = tmp_368_i_i_fu_809_p4;

assign weight_vecs_0_2_address0 = sext_ln55_15_fu_701_p1;

assign weight_vecs_0_2_d0 = tmp_376_i_i_fu_869_p4;

assign weight_vecs_0_3_address0 = sext_ln55_15_fu_701_p1;

assign weight_vecs_0_3_d0 = tmp_384_i_i_fu_929_p4;

assign weight_vecs_1_0_address0 = sext_ln55_15_fu_701_p1;

assign weight_vecs_1_0_d0 = trunc_ln55_23_fu_756_p1;

assign weight_vecs_1_1_address0 = sext_ln55_15_fu_701_p1;

assign weight_vecs_1_1_d0 = tmp_370_i_i_fu_824_p4;

assign weight_vecs_1_2_address0 = sext_ln55_15_fu_701_p1;

assign weight_vecs_1_2_d0 = tmp_378_i_i_fu_884_p4;

assign weight_vecs_1_3_address0 = sext_ln55_15_fu_701_p1;

assign weight_vecs_1_3_d0 = tmp_386_i_i_fu_944_p4;

assign weight_vecs_2_0_address0 = sext_ln55_15_fu_701_p1;

assign weight_vecs_2_0_d0 = trunc_ln55_24_fu_778_p1;

assign weight_vecs_2_1_address0 = sext_ln55_15_fu_701_p1;

assign weight_vecs_2_1_d0 = tmp_372_i_i_fu_839_p4;

assign weight_vecs_2_2_address0 = sext_ln55_15_fu_701_p1;

assign weight_vecs_2_2_d0 = tmp_380_i_i_fu_899_p4;

assign weight_vecs_2_3_address0 = sext_ln55_15_fu_701_p1;

assign weight_vecs_2_3_d0 = tmp_388_i_i_fu_959_p4;

assign weight_vecs_3_0_address0 = sext_ln55_15_fu_701_p1;

assign weight_vecs_3_0_d0 = trunc_ln55_25_fu_800_p1;

assign weight_vecs_3_1_address0 = sext_ln55_15_fu_701_p1;

assign weight_vecs_3_1_d0 = tmp_374_i_i_fu_854_p4;

assign weight_vecs_3_2_address0 = sext_ln55_15_fu_701_p1;

assign weight_vecs_3_2_d0 = tmp_382_i_i_fu_914_p4;

assign weight_vecs_3_3_address0 = sext_ln55_15_fu_701_p1;

assign weight_vecs_3_3_d0 = tmp_390_i_i_fu_974_p4;

assign xor_ln49_fu_558_p2 = (tmp_103_fu_550_p3 ^ 1'd1);

assign zext_ln55_50_fu_479_p1 = tmp_66_fu_471_p3;

assign zext_ln55_51_fu_622_p1 = select_ln47_15_reg_1003;

assign zext_ln55_52_fu_541_p1 = select_ln47_15_fu_533_p3;

assign zext_ln55_53_fu_652_p1 = tmp_67_fu_645_p3;

assign zext_ln55_54_fu_666_p1 = select_ln48_15_reg_1016;

assign zext_ln55_55_fu_669_p1 = select_ln48_15_reg_1016;

assign zext_ln55_fu_467_p1 = indices_23_dout;

endmodule //td_fused_top_tdf10_readFilters70

module td_fused_top_mux_416_64_1_1 #(
parameter
    ID                = 0,
    NUM_STAGE         = 1,
    din0_WIDTH       = 32,
    din1_WIDTH       = 32,
    din2_WIDTH       = 32,
    din3_WIDTH       = 32,
    din4_WIDTH         = 32,
    dout_WIDTH            = 32
)(
    input  [63 : 0]     din0,
    input  [63 : 0]     din1,
    input  [63 : 0]     din2,
    input  [63 : 0]     din3,
    input  [15 : 0]    din4,
    output [63 : 0]   dout);

// puts internal signals
wire [15 : 0]     sel;
// level 1 signals
wire [63 : 0]         mux_1_0;
wire [63 : 0]         mux_1_1;
// level 2 signals
wire [63 : 0]         mux_2_0;
// level 3 signals
wire [63 : 0]         mux_3_0;
// level 4 signals
wire [63 : 0]         mux_4_0;
// level 5 signals
wire [63 : 0]         mux_5_0;
// level 6 signals
wire [63 : 0]         mux_6_0;
// level 7 signals
wire [63 : 0]         mux_7_0;
// level 8 signals
wire [63 : 0]         mux_8_0;
// level 9 signals
wire [63 : 0]         mux_9_0;
// level 10 signals
wire [63 : 0]         mux_10_0;
// level 11 signals
wire [63 : 0]         mux_11_0;
// level 12 signals
wire [63 : 0]         mux_12_0;
// level 13 signals
wire [63 : 0]         mux_13_0;
// level 14 signals
wire [63 : 0]         mux_14_0;
// level 15 signals
wire [63 : 0]         mux_15_0;
// level 16 signals
wire [63 : 0]         mux_16_0;

assign sel = din4;

// Generate level 1 logic
assign mux_1_0 = (sel[0] == 0)? din0 : din1;
assign mux_1_1 = (sel[0] == 0)? din2 : din3;

// Generate level 2 logic
assign mux_2_0 = (sel[1] == 0)? mux_1_0 : mux_1_1;

// Generate level 3 logic
assign mux_3_0 = mux_2_0;

// Generate level 4 logic
assign mux_4_0 = mux_3_0;

// Generate level 5 logic
assign mux_5_0 = mux_4_0;

// Generate level 6 logic
assign mux_6_0 = mux_5_0;

// Generate level 7 logic
assign mux_7_0 = mux_6_0;

// Generate level 8 logic
assign mux_8_0 = mux_7_0;

// Generate level 9 logic
assign mux_9_0 = mux_8_0;

// Generate level 10 logic
assign mux_10_0 = mux_9_0;

// Generate level 11 logic
assign mux_11_0 = mux_10_0;

// Generate level 12 logic
assign mux_12_0 = mux_11_0;

// Generate level 13 logic
assign mux_13_0 = mux_12_0;

// Generate level 14 logic
assign mux_14_0 = mux_13_0;

// Generate level 15 logic
assign mux_15_0 = mux_14_0;

// Generate level 16 logic
assign mux_16_0 = mux_15_0;

// output logic
assign dout = mux_16_0;

endmodule